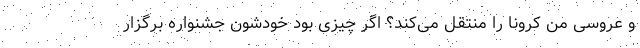
و عروسی من کرونا را منتقل می‌کند؟ اگر چیزی بود خودشون جشنواره برگزار